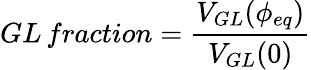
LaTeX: GL\, fraction=\frac{V_{GL}(\phi_{eq})}{V_{GL}(0)}